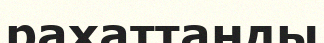
рахаттанды